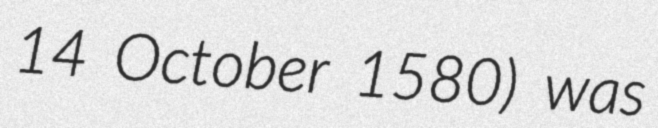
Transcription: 14 October 1580) was